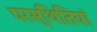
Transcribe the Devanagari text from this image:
परस्थितियां